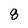
Character: 8